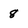
Character: 8